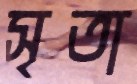
সৃতা